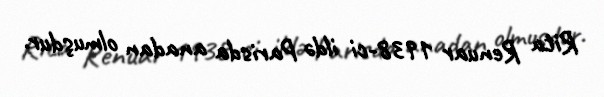
Rita Renuar 1938-ci ildə Parisda anadan olmuşdur.